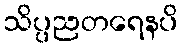
သိပ္ပညတရေနပိ